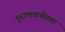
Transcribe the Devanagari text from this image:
पुराणकथेतला